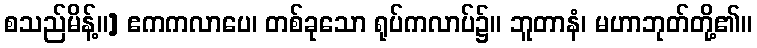
စသည်မိန့်။] ဧကကလာပေ၊ တစ်ခုသော ရုပ်ကလာပ်၌။ ဘူတာနံ၊ မဟာဘုတ်တို့၏။